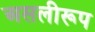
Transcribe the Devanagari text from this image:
असलीरूप